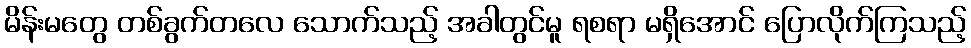
မိန်းမတွေ တစ်ခွက်တလေ သောက်သည့် အခါတွင်မူ ရစရာ မရှိအောင် ပြောလိုက်ကြသည့်